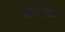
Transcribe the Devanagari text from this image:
सीपीमें